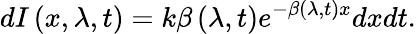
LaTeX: dI\left(x,\lambda,t\right)=k\beta\left(\lambda,t\right)e^{-\beta\left(\lambda,t\right)x}dxdt.